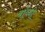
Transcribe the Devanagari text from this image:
बॉब्बी